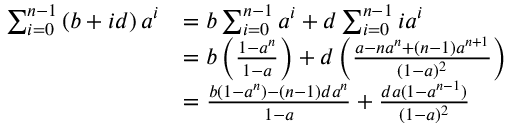
{ \begin{array} { r l } { \sum _ { i = 0 } ^ { n - 1 } \left( b + i d \right) a ^ { i } } & { = b \sum _ { i = 0 } ^ { n - 1 } a ^ { i } + d \sum _ { i = 0 } ^ { n - 1 } i a ^ { i } } \\ & { = b \left( { \frac { 1 - a ^ { n } } { 1 - a } } \right) + d \left( { \frac { a - n a ^ { n } + ( n - 1 ) a ^ { n + 1 } } { ( 1 - a ) ^ { 2 } } } \right) } \\ & { = { \frac { b ( 1 - a ^ { n } ) - ( n - 1 ) d a ^ { n } } { 1 - a } } + { \frac { d a ( 1 - a ^ { n - 1 } ) } { ( 1 - a ) ^ { 2 } } } } \end{array} }